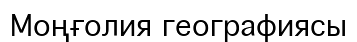
Моңғолия географиясы